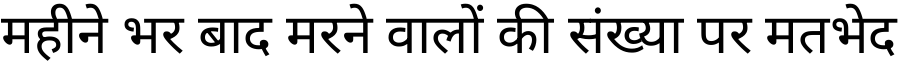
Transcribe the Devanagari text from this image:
महीने भर बाद मरने वालों की संख्या पर मतभेद